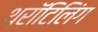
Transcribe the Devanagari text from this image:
थ्रॉटिलिंग